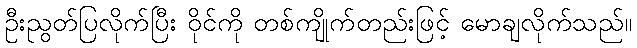
ဦးညွတ်ပြလိုက်ပြီး ဝိုင်ကို တစ်ကျိုက်တည်းဖြင့် မောချလိုက်သည်။